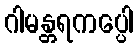
ဂါမန္တရကပ္ပေါ